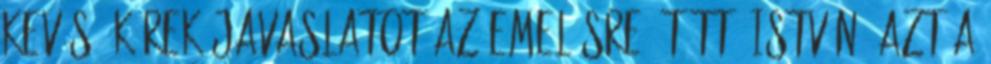
kevés. Kérek javaslatot az emelésre. Tüttő István: Azt a